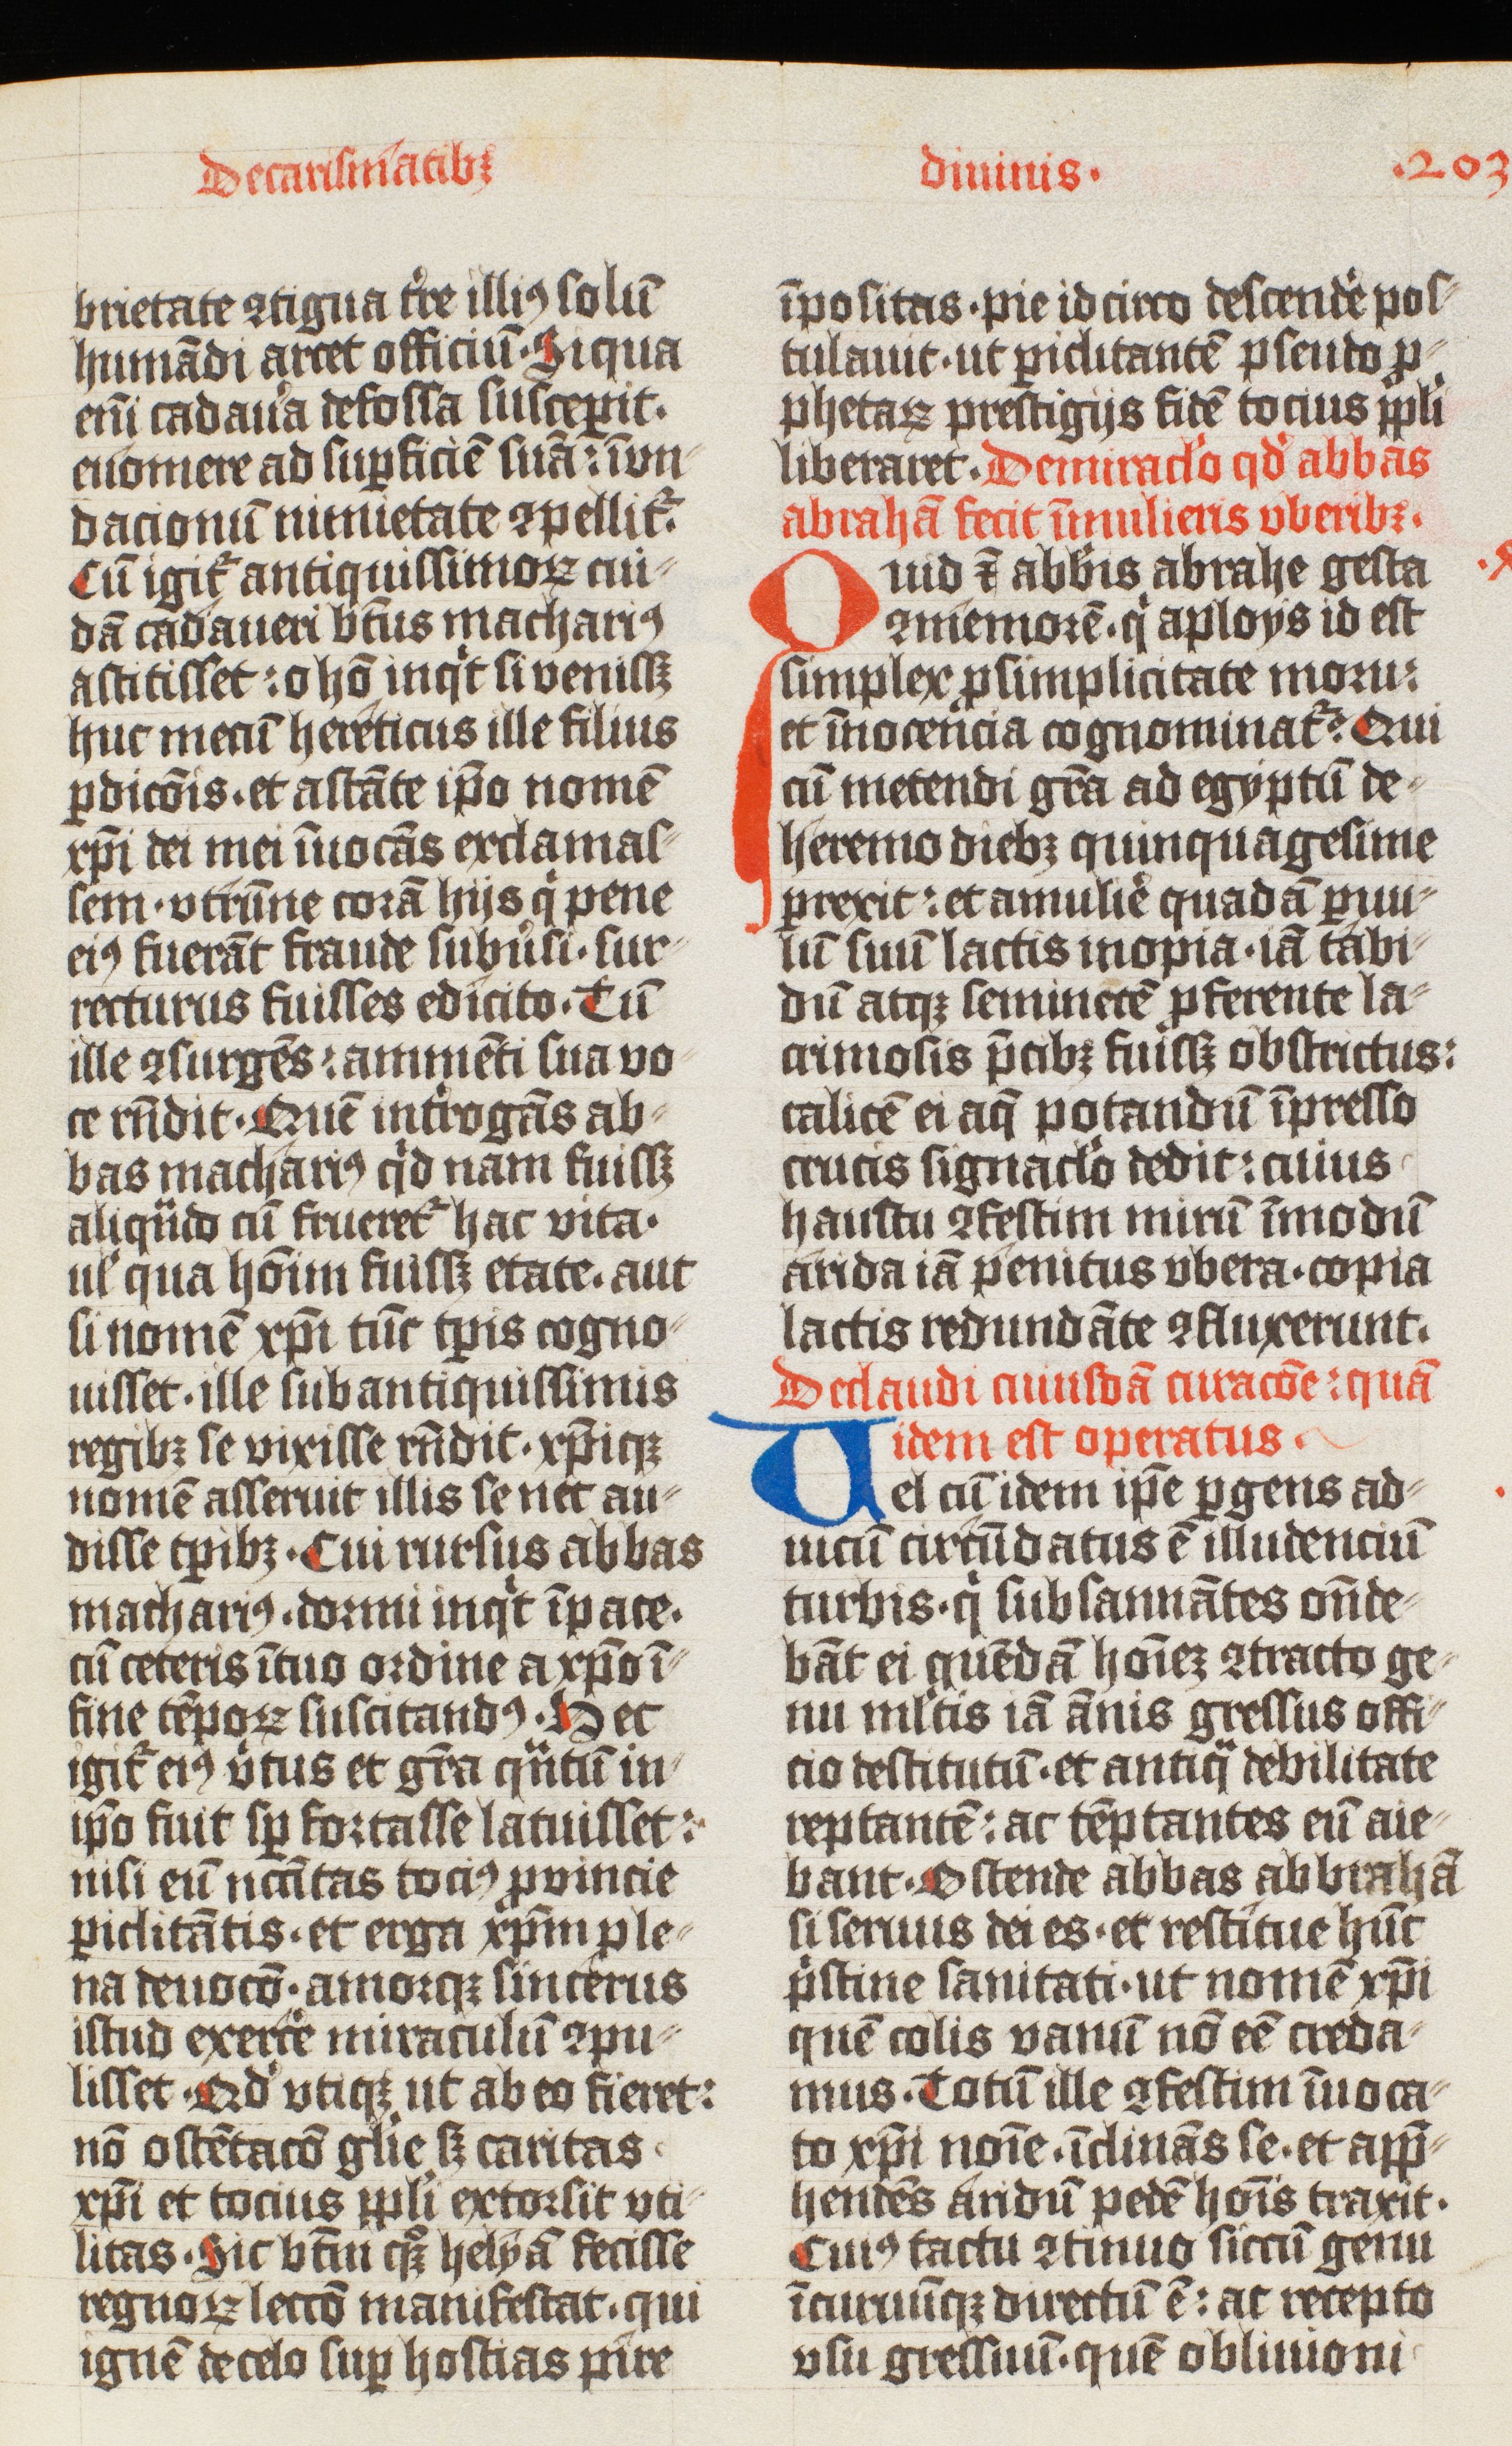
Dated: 1425–1425